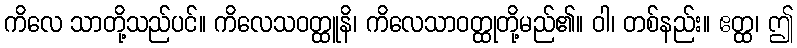
ကိလေ သာတို့သည်ပင်။ ကိလေသဝတ္ထူနိ၊ ကိလေသာဝတ္ထုတို့မည်၏။ ဝါ၊ တစ်နည်း။ ဧတ္ထ၊ ဤ